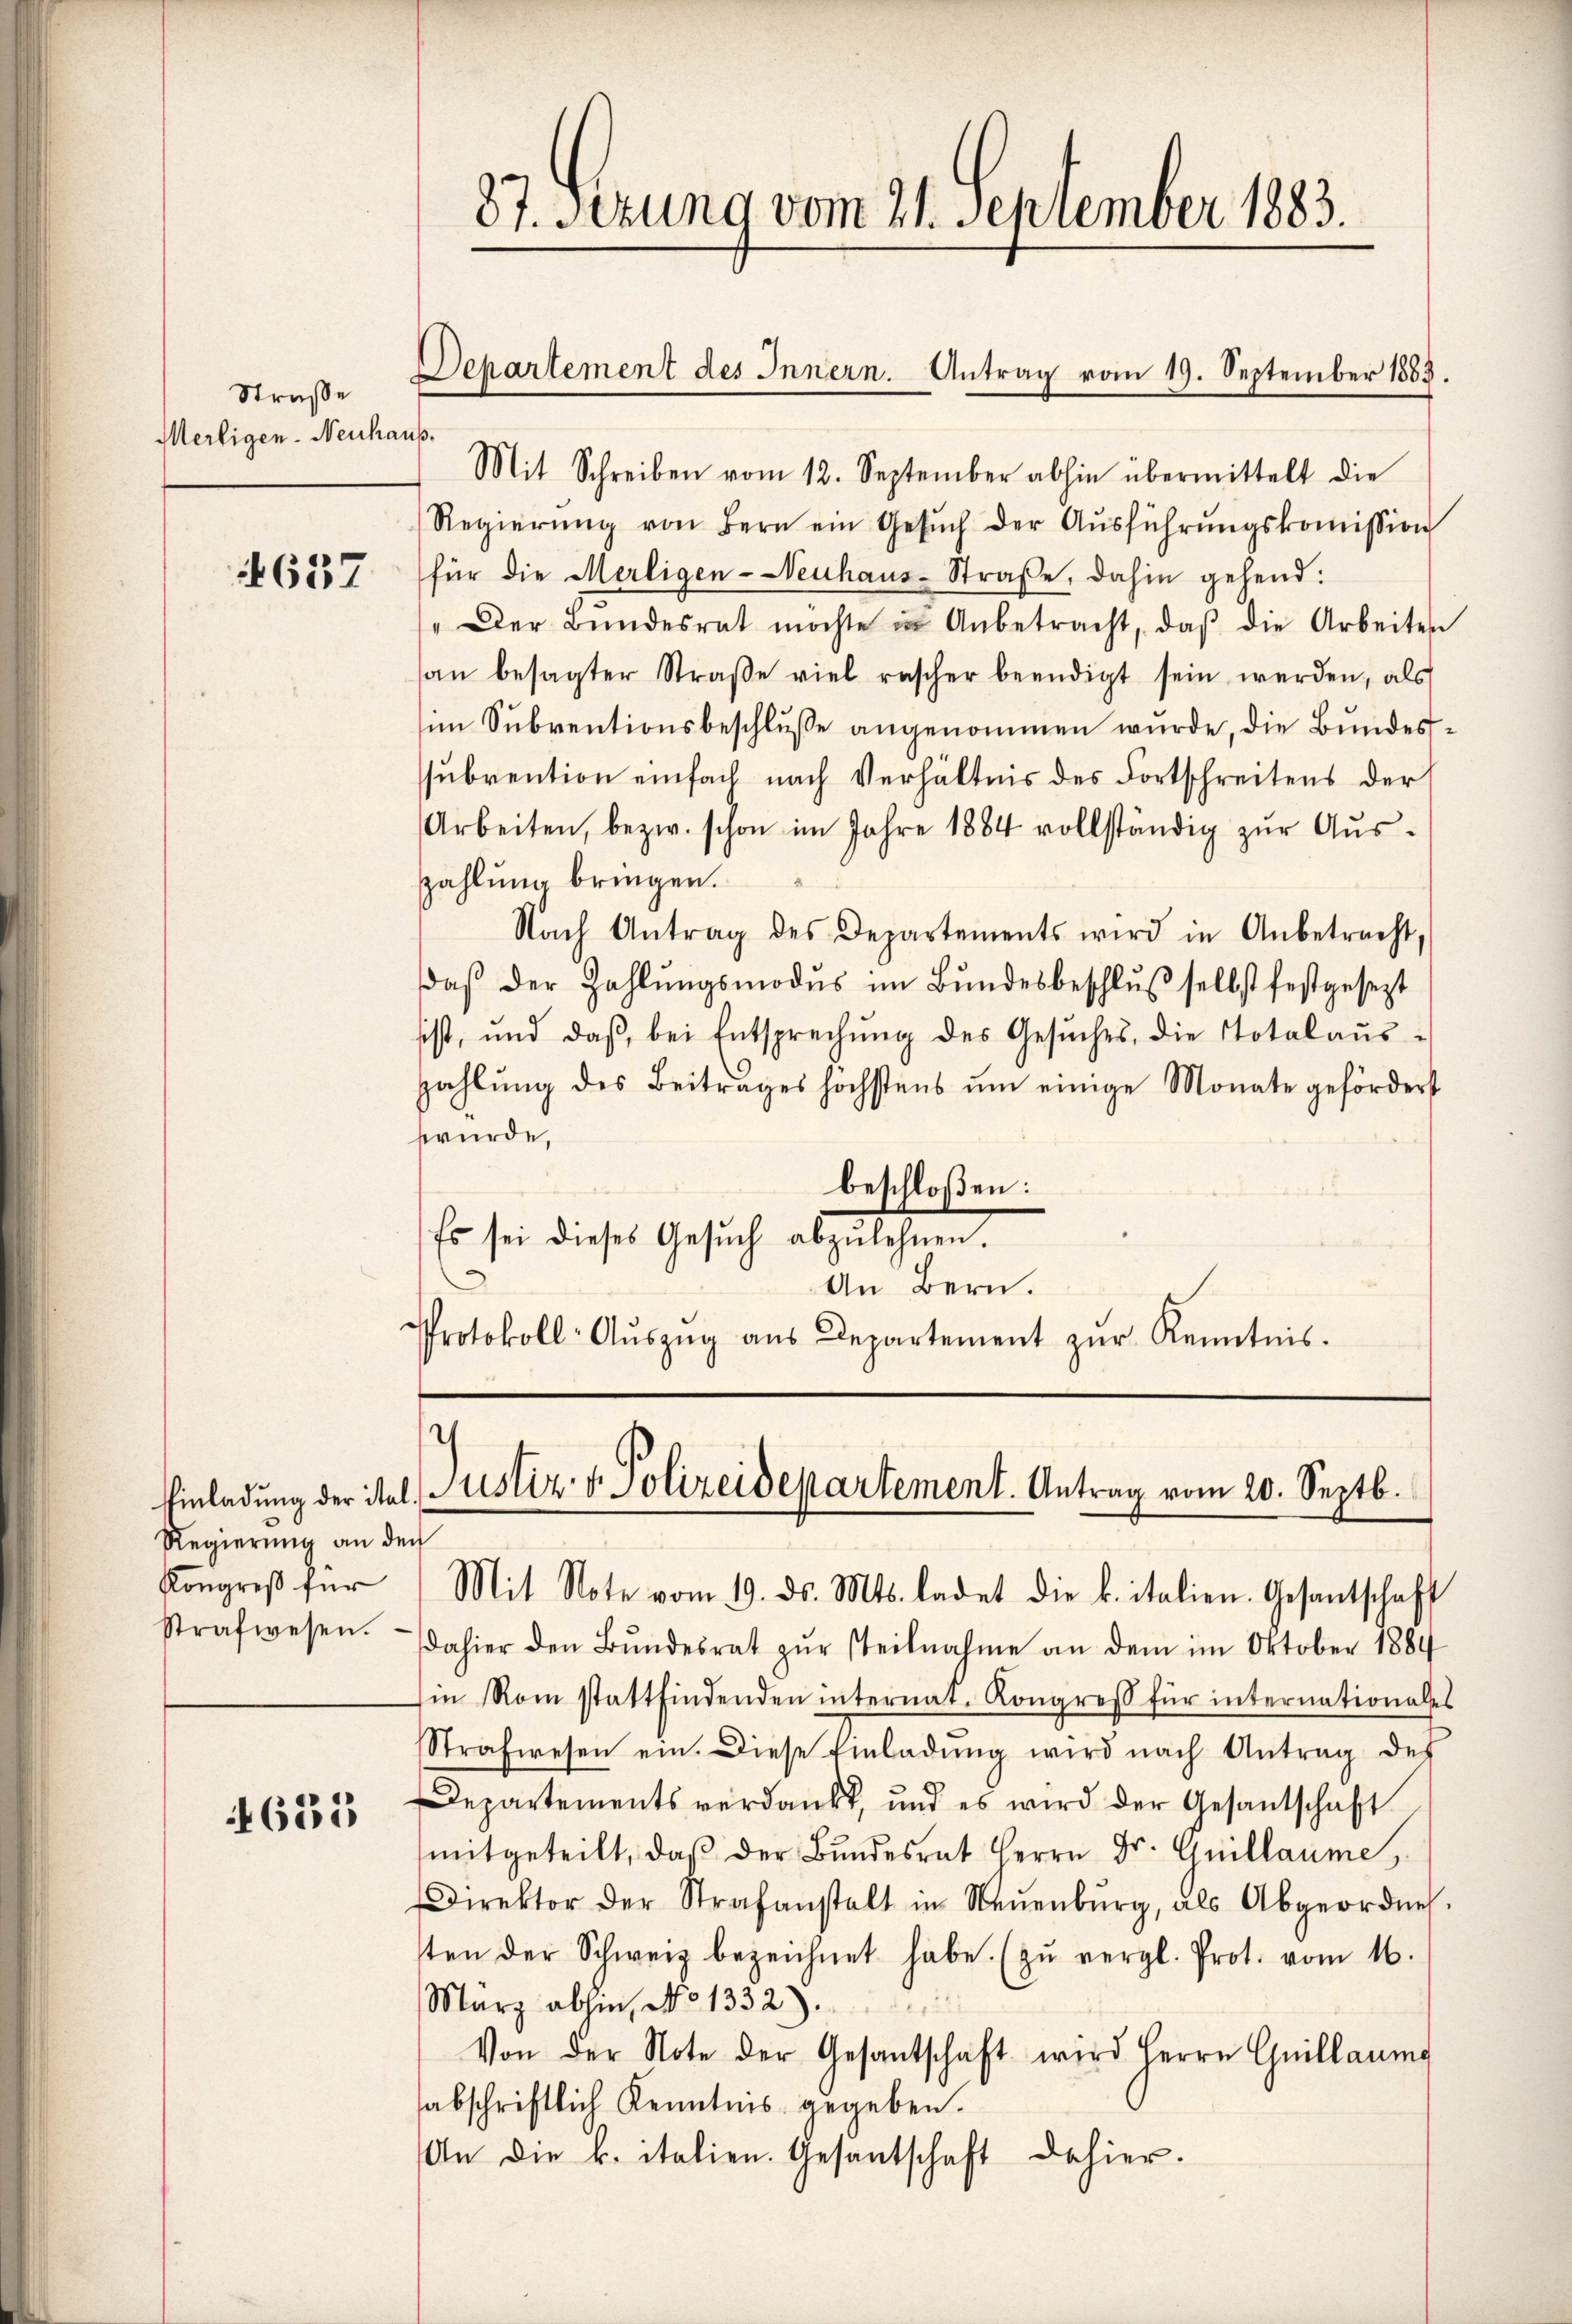
Straße
Merligen-Neuhaus.

4657

Regierung an den
Kongreß für

4633

87. Ferung vom 21. September 1883.

Departement des Innern. Antrag vom 19. September 1883.

Mit Schreiben vom 12. September abhin übermittelt die
Regierŭng von Bern ein Gesŭch der Aŭsführŭngskoṁission
für die Merligen-Veuhaus-Straße, dahin gehend:
" Der Bŭndesrat möchte in Anbetracht, daβ die Arbeiten
an besagter Straβe viel rascher beendigt sein werden, als
sim Subventionsbeschlusse angenommen wurde, die Bundessubrention einfach nach Verhältnis des Fortschreitens der
Arbeiten, bezw. schon im Jahre 1884 vollständig zŭr Aŭs-
zahlung bringen.
Nach Antrag des Departements wird in Anbetracht,
daβ der Zahlŭngsmodŭs im Bŭndesbeschlŭβ selbst festgesezt
sist, und daβ bei Entsprechŭng des Gesŭches, die Totalaŭs-
zahlŭng des Beitrages höchstens ŭm einige Monate gefördert
würde,
beschloßen:
Es sei dieses Gesŭch abzulehnen.
¬
An Bern.
Protokoll-Aŭszŭg aŭs Departement zŭr Kenntnis.

Mit Note vom 19. ds. Mts. ladet die k. italien. Gesantschaft
strafwesen. dahier den Bŭndesrat zŭr steilnahme an dem im Oktober 1884
in Rom stattfindenden internat. Kongress für internationales
Strafwesen ein. Diese Einladŭng wird nach Antrag des
Departements verdankt, und es wird der Gesantschaft
mitgeteilt, daβ der Bŭndesrat Herrn Dr. Guillaume,
Direktor der Strafanstalt in Neuenburg, als Abgeordnes.
sten der Schweiz bezeichnet habe. (zŭ vergl. Prot. vom 16.
März abhin, No 1332).
Von der Note der Gesantschaft wird Herrn Guillaume
sabschriftlich Kenntnis gegeben.
An die k. italien. Gesantschaft dahier.

Einladung der ital. Justiz v. Polizeidepartement. Antrag vom 20. Septb.